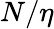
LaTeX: N/\eta